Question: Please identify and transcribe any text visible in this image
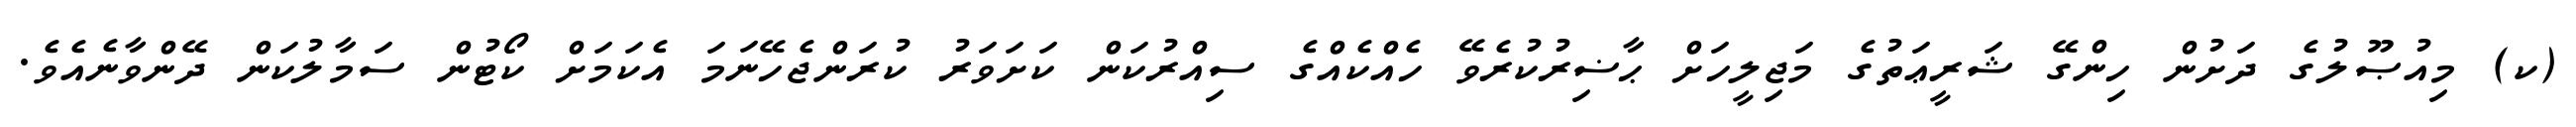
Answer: (ކ) މިއުޞޫލުގެ ދަށުން ހިންގޭ ޝަރީޢަތުގެ މަޖިލީހަށް ޙާޟިރުކުރެވޭ ހެއްކެއްގެ ސިއްރުކަން ކަށަވަރު ކުރަންޖެހޭނަމަ އެކަމަށް ކޯޓުން ސަމާލުކަން ދޭންވާނެއެވެ.